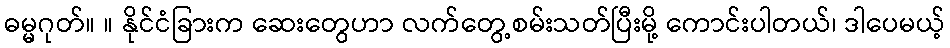
ဓမ္မဂုတ်။ ။ နိုင်ငံခြားက ဆေးတွေဟာ လက်တွေ့စမ်းသတ်ပြီးမို့ ကောင်းပါတယ်၊ ဒါပေမယ့်